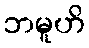
ဘမူဟိ